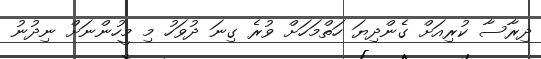
ދިރާސާ ކުރިއަށް ގެންދިޔަ ހަތްމަހަށް ވުރެ ގިނަ ދުވަހު މި މީހުންނަށް ނިދުނު